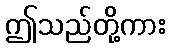
ဤသည်တို့ကား